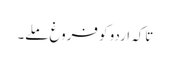
تاکہ اردو کو فروغ ملے۔